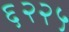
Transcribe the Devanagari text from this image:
६२२५